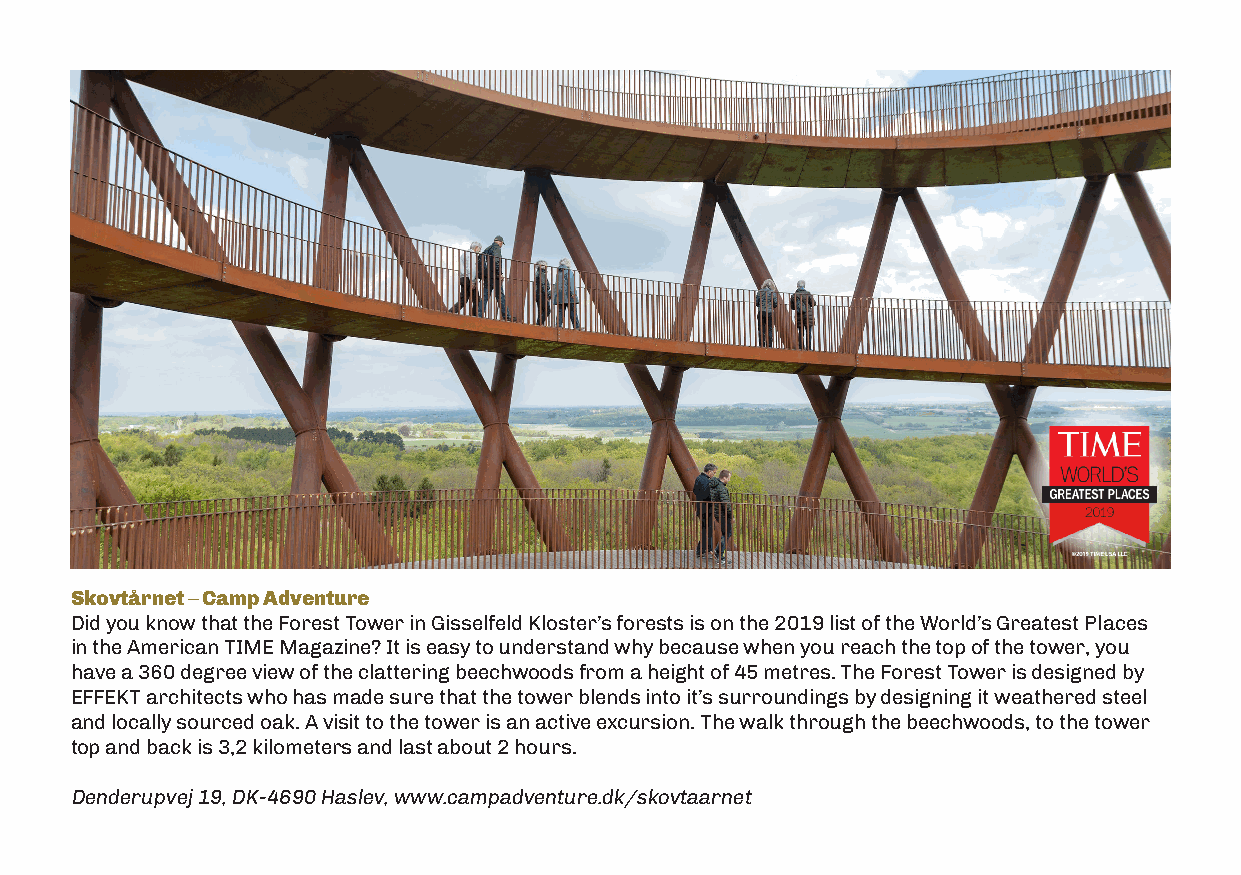
Skovtårnet – Camp Adventure
 Did you know that the Forest Tower in Gisselfeld Kloster’s forests is on the 2019 list of the World’s Greatest Places
 in the American TIME Magazine? It is easy to understand why because when you reach the top of the tower, you
 have a 360 degree view of the clattering beechwoods from a height of 45 metres. The Forest Tower is designed by
 EFFEKT architects who has made sure that the tower blends into it’s surroundings by designing it weathered steel
 and locally sourced oak. A visit to the tower is an active excursion. The walk through the beechwoods, to the tower
 top and back is 3,2 kilometers and last about 2 hours.
 Denderupvej 19, DK-4690 Haslev, www.campadventure.dk/skovtaarnet